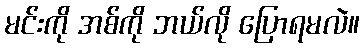
မင်းကို အစ်ကို ဘယ်လို ပြောရမလဲ။